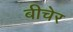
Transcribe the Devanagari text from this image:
बीचेर